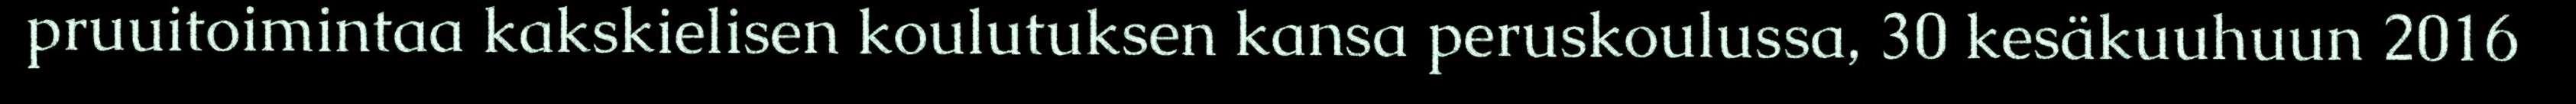
pruuitoimintaa kakskielisen koulutuksen kansa peruskoulussa, 30 kesäkuuhuun 2016